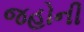
જહોની